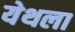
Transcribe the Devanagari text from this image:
येथला